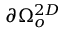
\partial \Omega _ { o } ^ { 2 D }